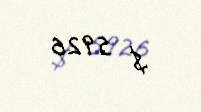
$ 5926